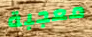
معجبة